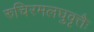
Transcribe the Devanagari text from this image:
रुचिरमलघुवृत्तैः